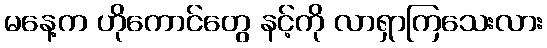
မနေ့က ဟိုကောင်တွေ နင့်ကို လာရှာကြသေးလား